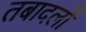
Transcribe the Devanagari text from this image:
तबादलों